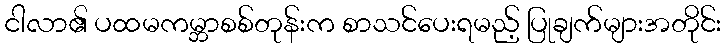
ငါလာ၏ ပထမကမ္ဘာစစ်တုန်းက စာသင်ပေးရမည့် ပြုချက်များအတိုင်း